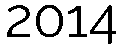
2014